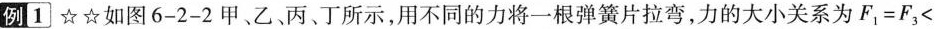
例1 ☆☆ 如图6-2-2甲、乙丙、丁所示，用不同的力将一根弹簧片拉弯，力的大小关系为$$F_{1}=F_{3}<$$